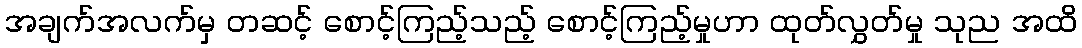
အချက်အလက်မှ တဆင့် စောင့်ကြည့်သည့် စောင့်ကြည့်မှုဟာ ထုတ်လွှတ်မှု သုည အထိ